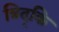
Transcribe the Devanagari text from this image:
त्रिद्कि